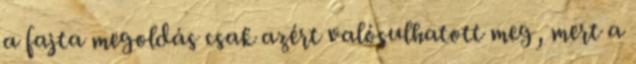
a fajta megoldás csak azért valósulhatott meg, mert a